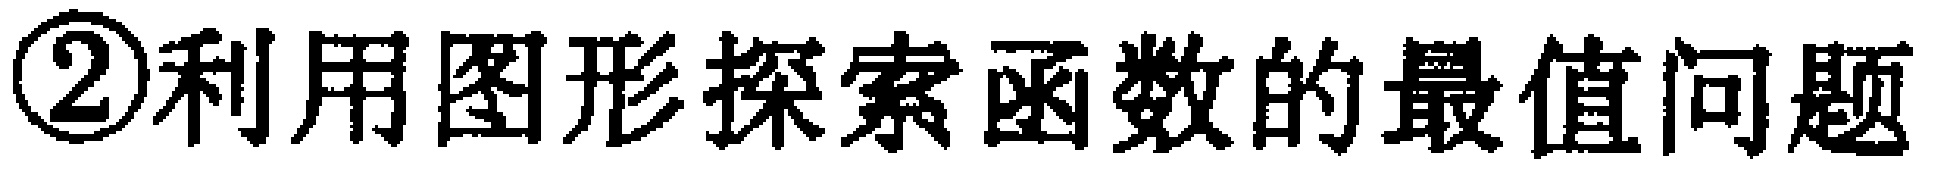
\textcircled{2}利用图形探索函数的最值问题